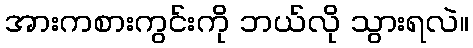
အားကစားကွင်းကို ဘယ်လို သွားရလဲ။